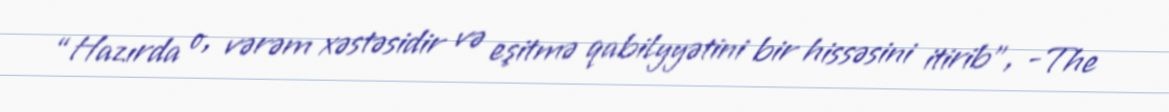
“Hazırda o, vərəm xəstəsidir və eşitmə qabilyyətini bir hissəsini itirib”, -The